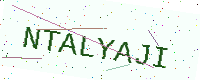
Text: NTALYAJI